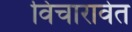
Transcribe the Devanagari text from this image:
विचारावेत